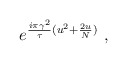
\begin{align*}e^{{i \pi \gamma^2 \over \tau} (u^2 + {2u \over N})} \ ,\end{align*}